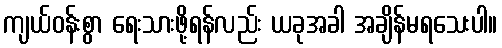
ကျယ်ဝန်းစွာ ရေးသားဖို့ရန်လည်း ယခုအခါ အချိန်မရသေးပါ။